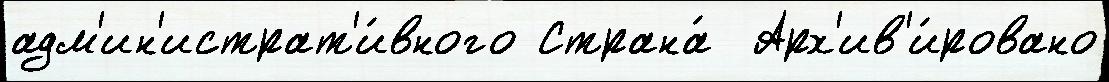
адм'ин'истрат'и́вного Страна́  Арх'ив'и́ровано